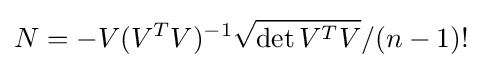
N=-V(V^{T}V)^{-1}{\sqrt {\det {V^{T}V}}}/(n-1)!